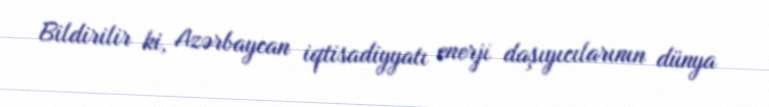
Bildirilir ki, Azərbaycan iqtisadiyyatı enerji daşıyıcılarının dünya